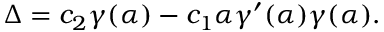
\Delta = c _ { 2 } \gamma ( \alpha ) - c _ { 1 } \alpha \gamma ^ { \prime } ( \alpha ) \gamma ( \alpha ) .